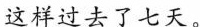
这样过去了七天。